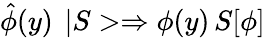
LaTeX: \hat{\phi}(y)\, \ |S>\Rightarrow\phi(y)\, S[\phi]